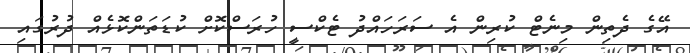
އޭގެ ދެތިން މިނެޓް ކުރިން އެ ސަރަހައްދު ޓެކްސީ ހުރަސްކޮށް ކުޑަތަންކޮޅެއް ދުރުގައި